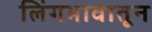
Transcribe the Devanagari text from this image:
लिंगभावातून